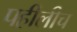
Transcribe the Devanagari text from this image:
पहीलीच